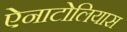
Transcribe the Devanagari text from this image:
ऐनाटोलियास